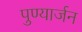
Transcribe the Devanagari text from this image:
पुण्यार्जन